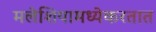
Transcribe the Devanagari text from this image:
मलेशियामध्येकरतात